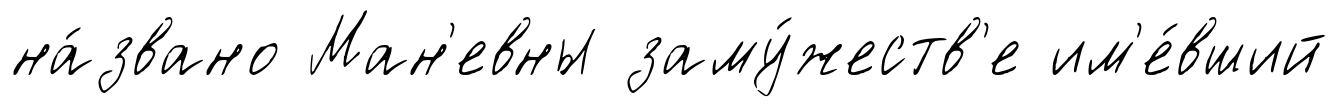
на́звано Ман'евны заму́жеств'е им'е́вший